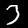
Label: 3